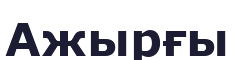
Ажырғы